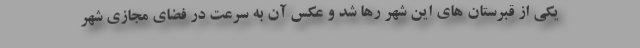
یکی از قبرستان های این شهر رها شد و عکس آن به سرعت در فضای مجازی شهر